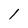
Character: l